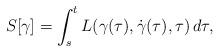
LaTeX: \begin{align*}S[\gamma]=\int_s^t L(\gamma(\tau),\dot{\gamma}(\tau),\tau)\,d\tau,\end{align*}